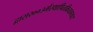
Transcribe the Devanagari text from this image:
द्वारा२००३मेंस्थापितकियागया।